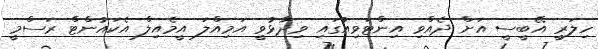
ހިލަރީ އޭބީސީ އަށް ދެއްވި އިންޓަވިއުގައި ވިދާޅުވީ އަމިއްލަ އީމެއިލް އެކައުންޓް ރަސްމީ